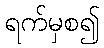
ရက်မှစ၍